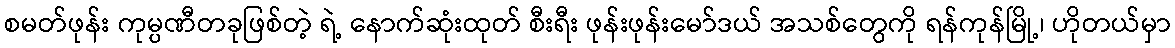
စမတ်ဖုန်း ကုမ္ပဏီတခုဖြစ်တဲ့ ရဲ့ နောက်ဆုံးထုတ် စီးရီး ဖုန်းဖုန်းမော်ဒယ် အသစ်တွေကို ရန်ကုန်မြို့၊ ဟိုတယ်မှာ